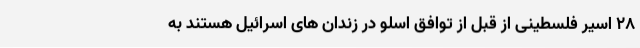
28 اسیر فلسطینی از قبل از توافق اسلو در زندان های اسرائیل هستند به